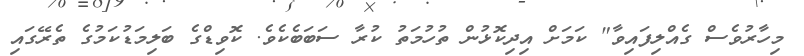
މިހާރުވެސް ގެއްލިފައިވާ" ކަމަށް އިިދިކޮޅުން ތުހުމަތު ކުރާ ސަބަބެކެވެ. ކޮވިޑްގެ ބަލިމަޑުކަމުގެ ތެރޭގައި